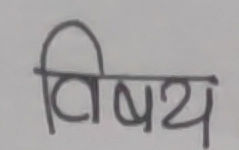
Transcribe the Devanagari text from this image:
विषय